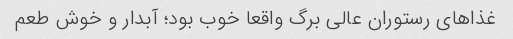
غذاهای رستوران عالی برگ واقعا خوب بود؛ آبدار و خوش طعم